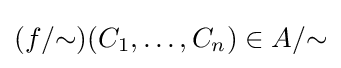
(f/{\sim })(C_{1},\dots ,C_{n})\in A/{\sim }